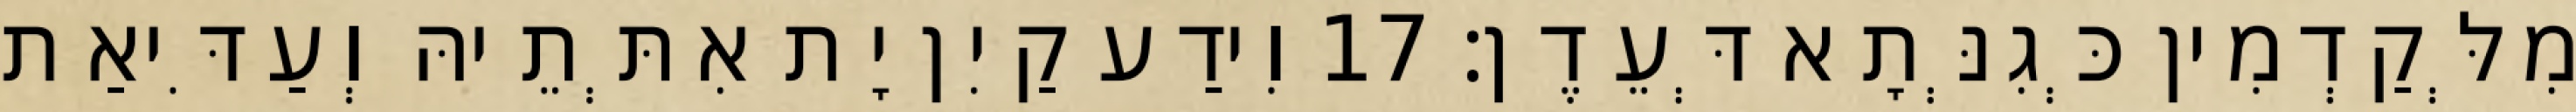
מִלְּקַדְמִין כְּגִנְּתָא דְּעֵדֶן׃ 17 וִידַע קַיִן יָת אִתְּתֵיהּ וְעַדִּיאַת